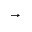
\rightarrow